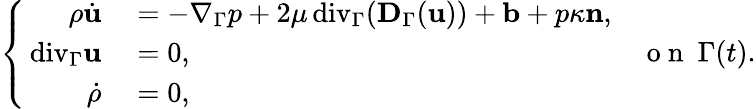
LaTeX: \left\{ \begin{array}{rl}{\rho\dot{\mathbf u}}&{{}=-\nabla_{\Gamma}p+2\mu{\mathop{\, \mathrm{div}}}_{\Gamma}(\mathbf D_{\Gamma}(\mathbf u))+\mathbf b+p\kappa\mathbf n,}\\ {{\mathop{\, \mathrm{div}}}_{\Gamma}\mathbf u}&{{}=0,}\\ {\dot{\rho}}&{{}=0,}\end{array}\right.\quad\mathrm{~o~n~}~\Gamma(t).